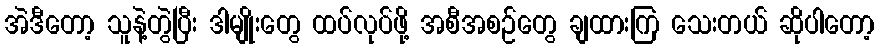
အဲဒီတော့ သူနဲ့တွဲပြီး ဒါမျိုးတွေ ထပ်လုပ်ဖို့ အစီအစဉ်တွေ ချထားကြ သေးတယ် ဆိုပါတော့